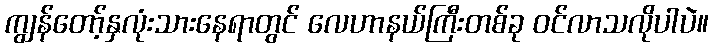
ကျွန်တော့်နှလုံးသားနေရာတွင် လေဟာနယ်ကြီးတစ်ခု ဝင်လာသလိုပါပဲ။